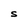
Character: S